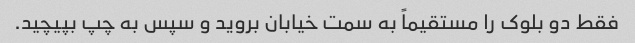
فقط دو بلوک را مستقیماً به سمت خیابان بروید و سپس به چپ بپیچید.